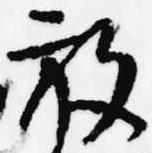
放